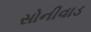
સોનીવાડ